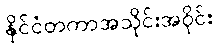
နိုင်ငံတကာအသိုင်းအဝိုင်း